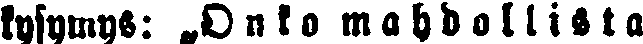
kysymys: „Onko mahdollista